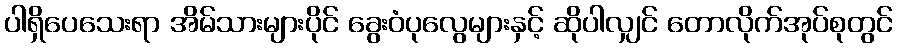
ပါရှိပေသေးရာ အိမ်သားများပိုင် ခွေးဝံပုလွေများနှင့် ဆိုပါလျှင် တောလိုက်အုပ်စုတွင်